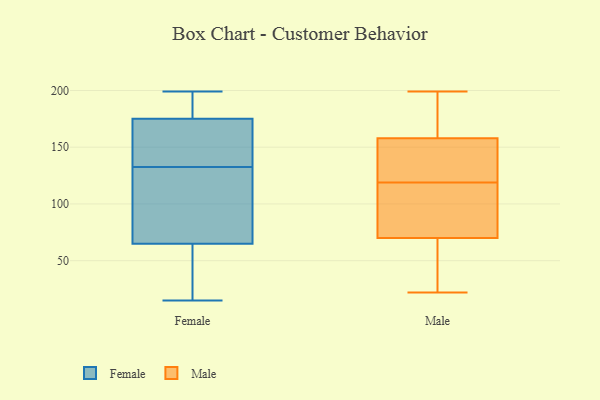
{"axis": {"x": "Shipments", "y": "Value"}, "legend": ["Female", "Male"], "data": [{"x": "", "y": 199, "type": "Female"}, {"x": "", "y": 105, "type": "Female"}, {"x": "", "y": 80, "type": "Female"}, {"x": "", "y": 52, "type": "Female"}, {"x": "", "y": 143, "type": "Female"}, {"x": "", "y": 128, "type": "Female"}, {"x": "", "y": 182, "type": "Female"}, {"x": "", "y": 172, "type": "Female"}, {"x": "", "y": 16, "type": "Female"}, {"x": "", "y": 40, "type": "Female"}, {"x": "", "y": 175, "type": "Female"}, {"x": "", "y": 65, "type": "Female"}, {"x": "", "y": 195, "type": "Female"}, {"x": "", "y": 15, "type": "Female"}, {"x": "", "y": 115, "type": "Female"}, {"x": "", "y": 198, "type": "Female"}, {"x": "", "y": 137, "type": "Female"}, {"x": "", "y": 147, "type": "Female"}, {"x": "", "y": 162, "type": "Male"}, {"x": "", "y": 71, "type": "Male"}, {"x": "", "y": 199, "type": "Male"}, {"x": "", "y": 87, "type": "Male"}, {"x": "", "y": 22, "type": "Male"}, {"x": "", "y": 25, "type": "Male"}, {"x": "", "y": 148, "type": "Male"}, {"x": "", "y": 69, "type": "Male"}, {"x": "", "y": 180, "type": "Male"}, {"x": "", "y": 137, "type": "Male"}, {"x": "", "y": 74, "type": "Male"}, {"x": "", "y": 164, "type": "Male"}, {"x": "", "y": 154, "type": "Male"}, {"x": "", "y": 101, "type": "Male"}, {"x": "", "y": 145, "type": "Male"}, {"x": "", "y": 151, "type": "Male"}, {"x": "", "y": 93, "type": "Male"}, {"x": "", "y": 37, "type": "Male"}, {"x": "", "y": 37, "type": "Male"}, {"x": "", "y": 180, "type": "Male"}]}